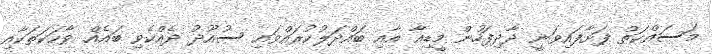
މަސައްކަތް ފަށާފައިވަނީ ދާދިފަހުން މީޑިއާ އާއި ބައްދަލުކުރައްވައި ސުއޫދު ދެއްކެވި ބައެއް ވާހަކަތަކާއި